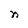
Character: n